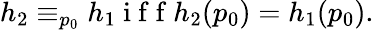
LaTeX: \begin{array}{r}{h_{2}\equiv_{p_{0}}h_{1}\mathrm{~i~f~f~}h_{2}(p_{0})=h_{1}(p_{0}).}\end{array}